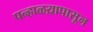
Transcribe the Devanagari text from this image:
पन्हाळय़ापासून